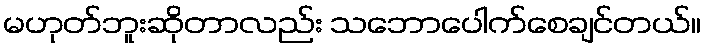
မဟုတ်ဘူးဆိုတာလည်း သဘောပေါက်စေချင်တယ်။